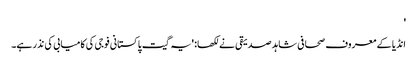
'
انڈیا کے معروف صحافی شاہد صدیقی نے لکھا: 'یہ گیت پاکستانی فوجی کی کامیابی کی نذر ہے۔